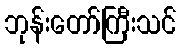
ဘုန်းတော်ကြီးသင်